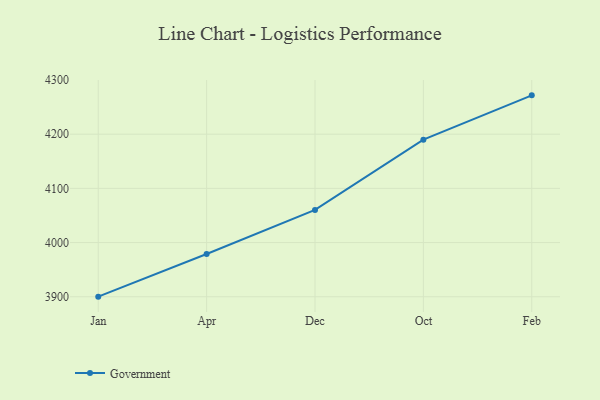
{"axis": {"x": "Month", "y": "Headcount"}, "legend": ["Government"], "data": [{"x": "Jan", "y": 3900.2, "type": "Government"}, {"x": "Apr", "y": 3979.0, "type": "Government"}, {"x": "Dec", "y": 4060.2, "type": "Government"}, {"x": "Oct", "y": 4189.9, "type": "Government"}, {"x": "Feb", "y": 4271.7, "type": "Government"}]}